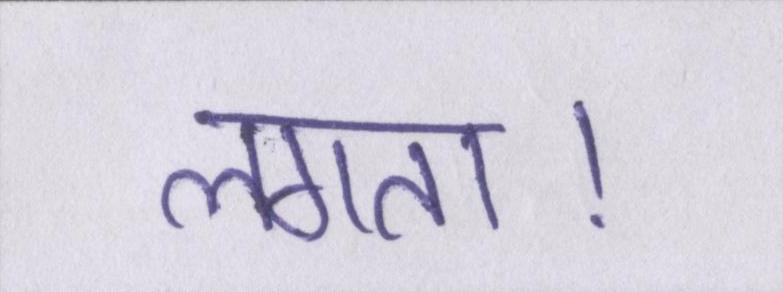
लगता।